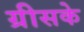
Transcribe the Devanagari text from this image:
ग्रीसके